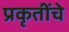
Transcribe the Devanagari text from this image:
प्रकृतींचे